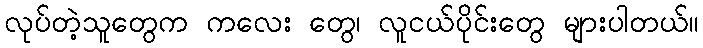
လုပ်တဲ့သူတွေက ကလေး တွေ၊ လူငယ်ပိုင်းတွေ များပါတယ်။